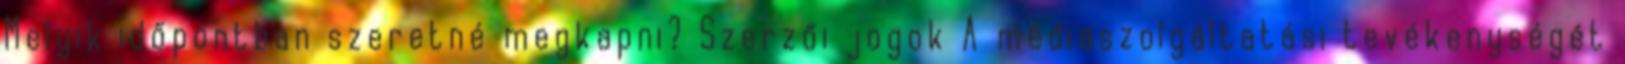
Melyik időpontban szeretné megkapni? Szerzői jogok A médiaszolgáltatási tevékenységét